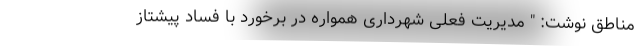
مناطق نوشت: " مدیریت فعلی شهرداری همواره در برخورد با فساد پیشتاز